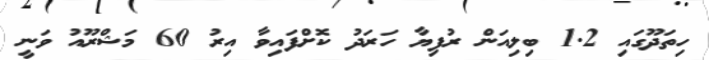
ހިތަދޫގައި 1.2 ބިލިއަން ރުފިޔާ ހަރަދު ކޮށްފައިވާ އިރު 60 މަޝްރޫއު ވަނީ